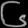
Digit: ၆